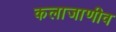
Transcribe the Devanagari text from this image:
कलाजाणीव